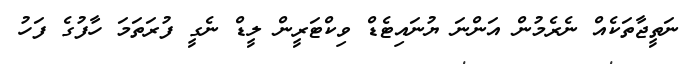
ނަތީޖާތަކެއް ނެރެމުން އަންނަ ޔުނައިޓެޑް ވިކްޓަރީން ލީޑް ނެގީ ފުރަތަމަ ހާފުގެ ފަހު